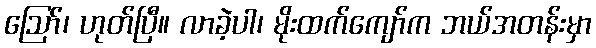
ဪ၊ ဟုတ်ပြီ။ လာခဲ့ပါ၊ မိုးထက်ကျော်က ဘယ်အတန်းမှာ